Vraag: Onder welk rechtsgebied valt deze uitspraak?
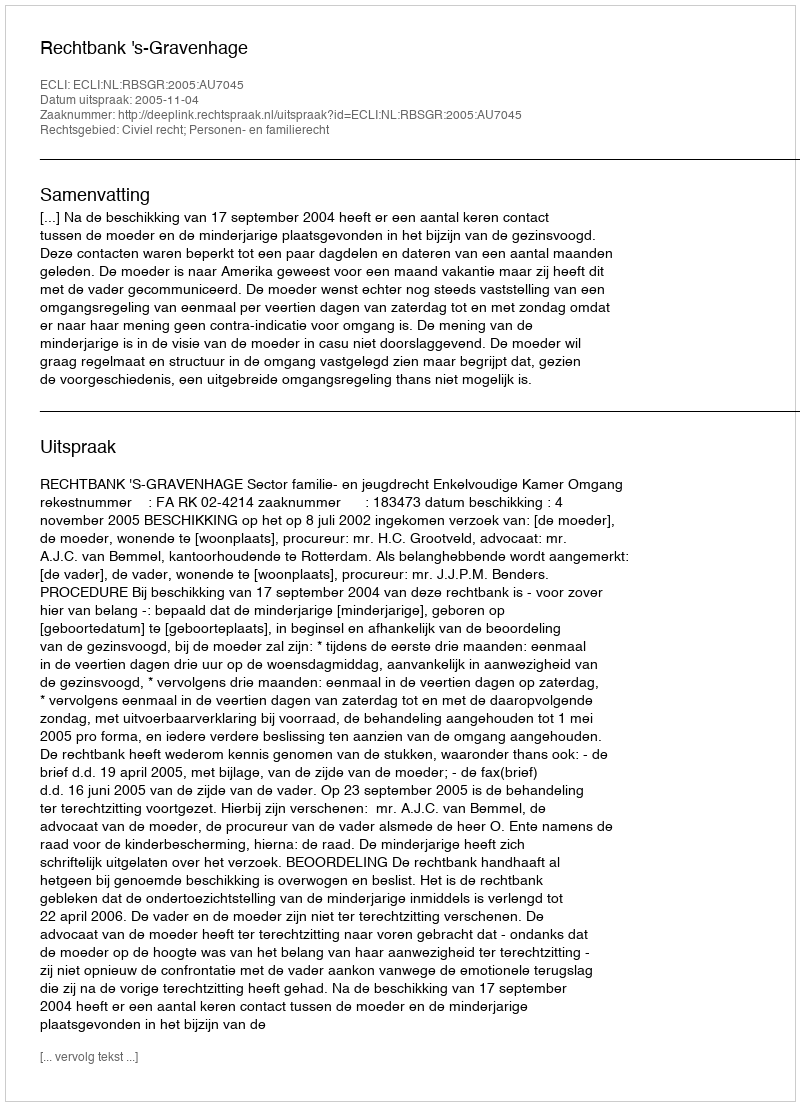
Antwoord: Civiel recht; Personen- en familierecht